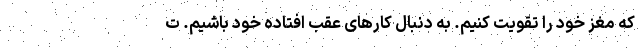
که مغز خود را تقویت کنیم. به دنبال کارهای عقب افتاده خود باشیم. ت